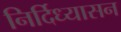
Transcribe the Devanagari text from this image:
निर्दिध्यासन